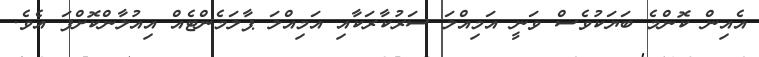
އެއިން ކޮންމެ ބަޔަކުވެސް ވަނީ އަމިއްލަ ސަރުކާރަކާއި އަމިއްލަ ޕާލަމެންޓެއް އިއުލާންކޮށްފަ އެވެ.